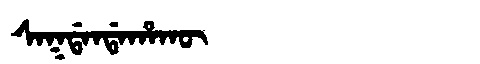
Manchu: ᠰᠠᡴᡩᠠᠨᡩᠠᡥᠠᡴᡡ
Romanization: SAKDANDAHAKŪ